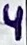
Text: 4